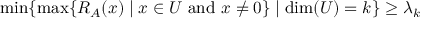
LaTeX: \operatorname* { m i n } \{ \operatorname* { m a x } \{ R _ { A } ( x ) \mid x \in U { \mathrm { ~ a n d ~ } } x \neq 0 \} \mid \dim ( U ) = k \} \geq \lambda _ { k }